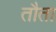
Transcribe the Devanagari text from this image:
तौता